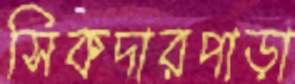
সিকদারপাড়া